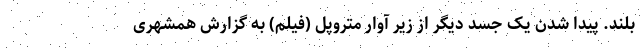
بلند. پیدا شدن یک جسد دیگر از زیر آوار متروپل (فیلم) به گزارش همشهری